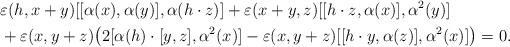
LaTeX: \begin{align*}&\varepsilon(h,x+y)[[\alpha(x),\alpha(y)],\alpha(h\cdot z)]+\varepsilon(x+y,z)[[h\cdot z,\alpha(x)],\alpha^2(y)]\\&+\varepsilon(x,y+z)\big(2[\alpha(h)\cdot[y,z],\alpha^2(x)]-\varepsilon(x,y+z)[[h\cdot y,\alpha(z)],\alpha^2(x)]\big)=0.\end{align*}